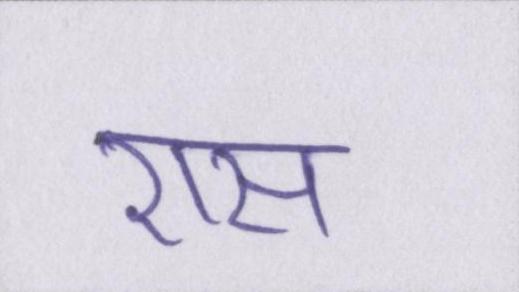
रास